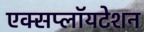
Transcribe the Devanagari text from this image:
एक्सप्लॉयटेशन